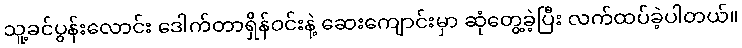
သူ့ခင်ပွန်းလောင်း ဒေါက်တာရှိန်ဝင်းနဲ့ ဆေးကျောင်းမှာ ဆုံတွေ့ခဲ့ပြီး လက်ထပ်ခဲ့ပါတယ်။